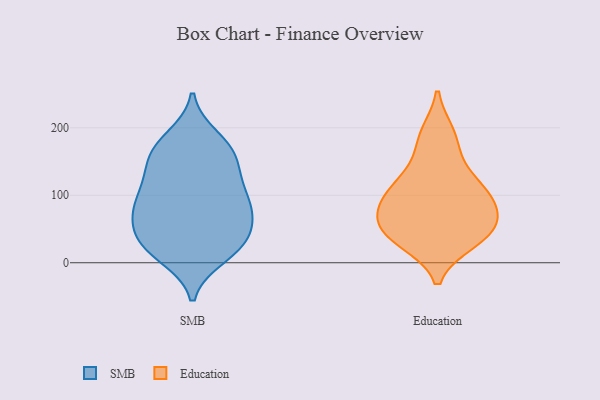
{"axis": {"x": "Shipments", "y": "Value"}, "legend": ["Education", "SMB"], "data": [{"x": "", "y": 79, "type": "SMB"}, {"x": "", "y": 88, "type": "SMB"}, {"x": "", "y": 75, "type": "SMB"}, {"x": "", "y": 22, "type": "SMB"}, {"x": "", "y": 155, "type": "SMB"}, {"x": "", "y": 173, "type": "SMB"}, {"x": "", "y": 22, "type": "SMB"}, {"x": "", "y": 57, "type": "SMB"}, {"x": "", "y": 10, "type": "SMB"}, {"x": "", "y": 115, "type": "SMB"}, {"x": "", "y": 47, "type": "SMB"}, {"x": "", "y": 25, "type": "SMB"}, {"x": "", "y": 164, "type": "SMB"}, {"x": "", "y": 74, "type": "SMB"}, {"x": "", "y": 29, "type": "SMB"}, {"x": "", "y": 126, "type": "SMB"}, {"x": "", "y": 121, "type": "SMB"}, {"x": "", "y": 162, "type": "SMB"}, {"x": "", "y": 90, "type": "SMB"}, {"x": "", "y": 185, "type": "SMB"}, {"x": "", "y": 36, "type": "Education"}, {"x": "", "y": 99, "type": "Education"}, {"x": "", "y": 32, "type": "Education"}, {"x": "", "y": 50, "type": "Education"}, {"x": "", "y": 46, "type": "Education"}, {"x": "", "y": 94, "type": "Education"}, {"x": "", "y": 135, "type": "Education"}, {"x": "", "y": 190, "type": "Education"}, {"x": "", "y": 121, "type": "Education"}, {"x": "", "y": 182, "type": "Education"}, {"x": "", "y": 72, "type": "Education"}, {"x": "", "y": 47, "type": "Education"}, {"x": "", "y": 100, "type": "Education"}, {"x": "", "y": 78, "type": "Education"}]}